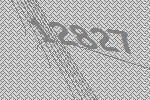
12827